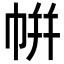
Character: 帲